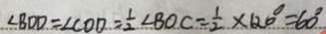
\angle B O D = \angle C O D = \frac { 1 } { 2 } \angle B O C = \frac { 1 } { 2 } \times 1 2 0 ^ { \circ } = 6 0 ^ { \circ }